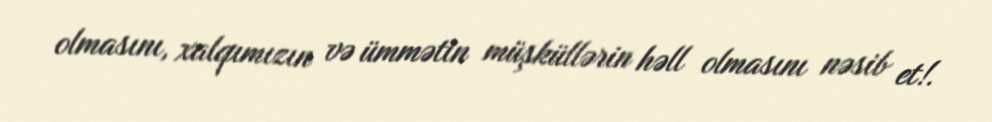
olmasını, xalqımızın və ümmətin müşküllərin həll olmasını nəsib et!.